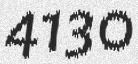
4130